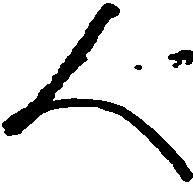
人